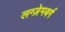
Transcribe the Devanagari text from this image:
लग्ज़ेमबर्ग